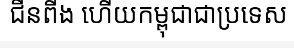
ជីនពីង ហើយកម្ពុជាជាប្រទេស